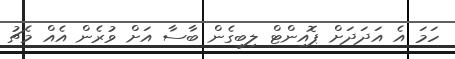
ހަމަ އެ އަދަދަށް ޕޮއިންޓް ލިބިގެން ބާސާ އަށް ވުރެން އެއް މެޗު